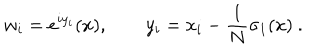
LaTeX: w _ { i } = e ^ { i y _ { i } } ( x ) , \qquad y _ { i } = x _ { i } - \frac 1 N \sigma _ { 1 } ( x ) \ .